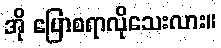
အို ပြောစရာလိုသေးလား။